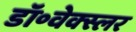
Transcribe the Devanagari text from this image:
डॉ॰वेक्स्लर